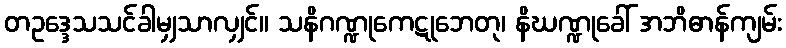
တဥဒ္ဒေသသင်ခါမျှသာလျှင်။ သနိဂဏ္ဍုကေဋုဘေတု၊ နိဃဏ္ဍုခေါ် အဘိဓာန်ကျမ်း